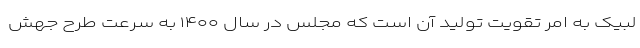
لبیک به امر تقویت تولید آن است که مجلس در سال ۱۴۰۰ به سرعت طرح جهش